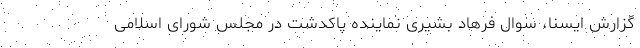
گزارش ایسنا، سوال فرهاد بشیری نماینده پاکدشت در مجلس شورای اسلامی